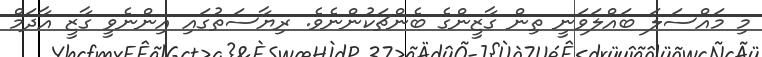
މި މައްސަލަ ބައްލަވަނީ ތިން ގާޒީންގެ ބެންޗަކުންނެވެ. ރިޔާސަތުގައި އިންނެވީ ގާޒީ އާދަމް